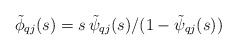
\begin{align*} \tilde{\phi}_{qj}(s)=s\,\tilde{\psi}_{qj}(s)/(1-\tilde{\psi}_{qj}(s))\end{align*}